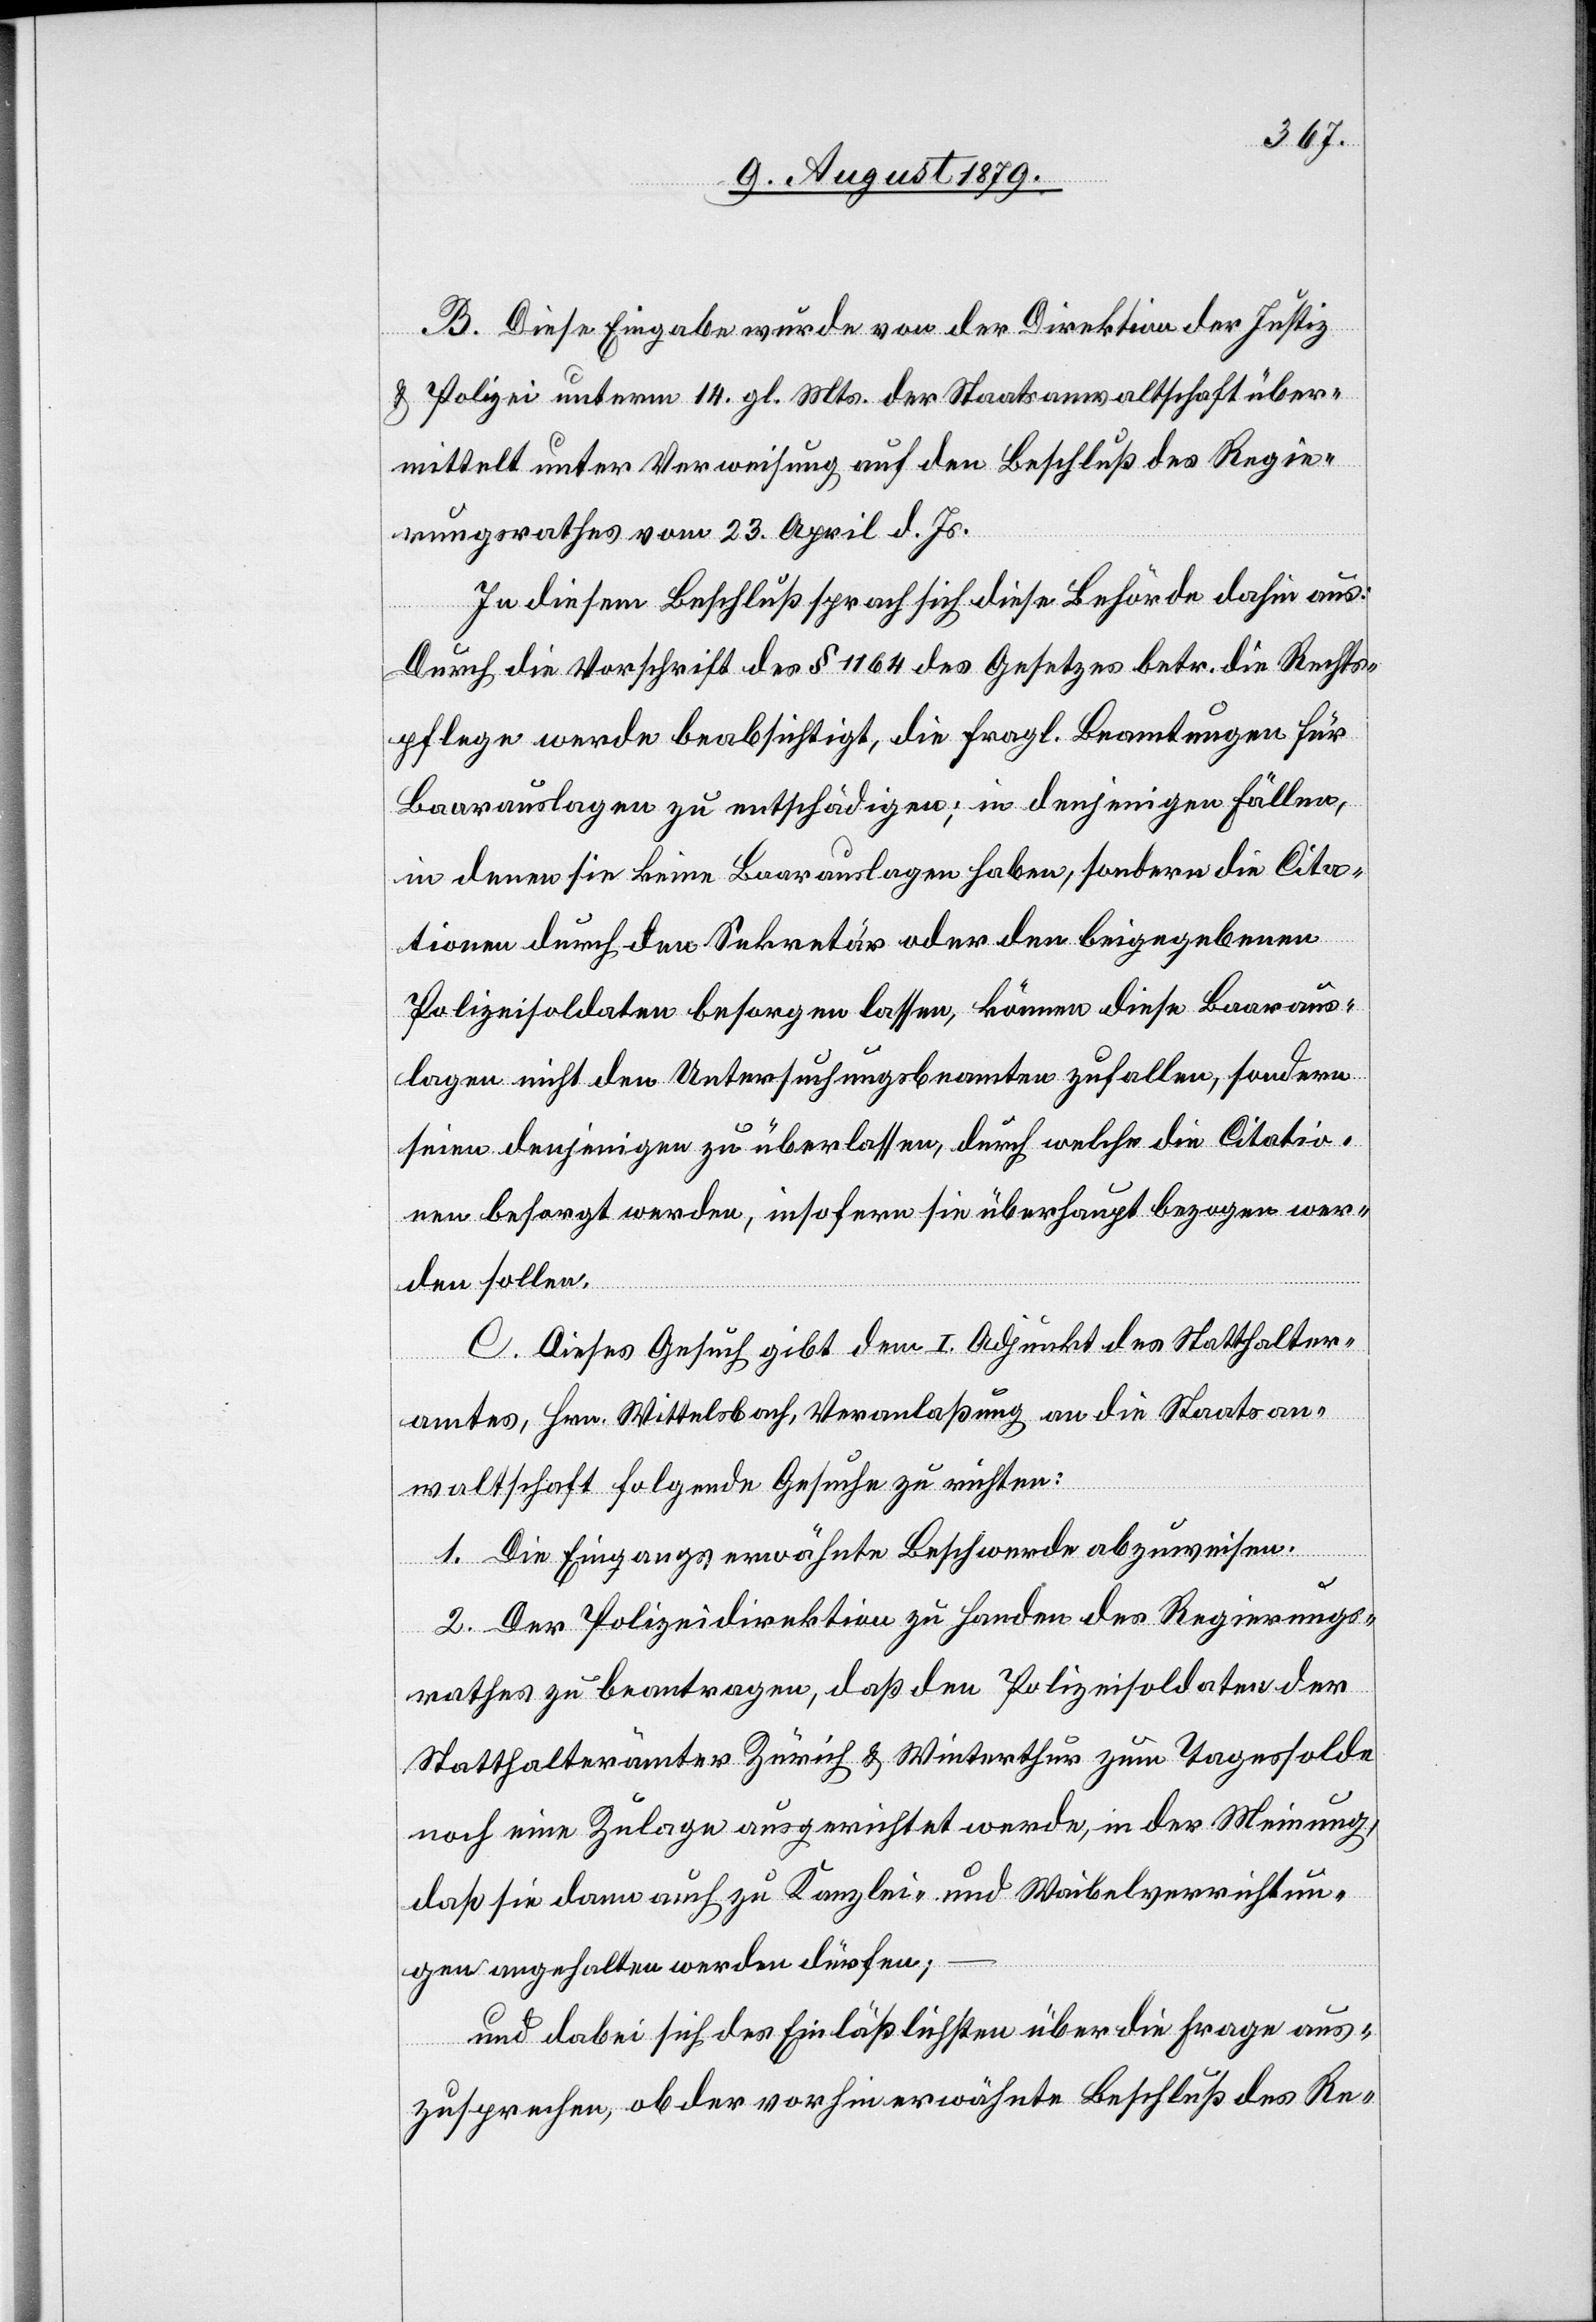
B. Diese Eingabe wurde von der Direktion der Justiz
& Polizei unterm 14. gl. Mts. der Staatsanwaltschaft über¬
mittelt unter Verweisung auf den Beschluß des Regie¬
rungsrathes vom 23. April d. Js.
In diesem Beschluß sprach sich diese Behörde dahin aus:
Durch die Vorschrift des § 1164 des Gesetzes betr. die Rechts¬
pflege werde beabsichtigt, die fragl. Beamtungen für
Baarauslagen zu entschädigen; in denjenigen Fällen,
in denen sie keine Baarauslagen haben, sondern die Cita¬
tionen durch den Sekretär oder den beigegebenen
Polizeisoldaten besorgen lassen, können diese Baaraus¬
lagen nicht den Untersuchungsbeamten zufallen, sondern
seien denjenigen zu überlassen, durch welche die Citatio¬
nen besorgt werden, insofern sie überhaupt bezogen wer¬
den sollen.
C. Dieses Gesuch gibt dem I. Adjunkt des Statthalter¬
amtes, Hrn. Wittelsbach, Veranlaßung an die Staatsan¬
waltschaft folgende Gesuche zu richten:
1. Die Eingangs erwähnte Beschwerde abzuweisen.
2. Der Polizeidirektion zu Handen des Regierungs¬
rathes zu beantragen, daß den Polizeisoldaten der
Statthalterämter Zürich & Winterthur zum Tagessolde
noch eine Zulage ausgerichtet werde, in der Meinung,
daß sie dann auch zu Kanzlei- und Waibelverrichtun¬
gen angehalten werden dürfen;
und dabei sich des Einlässlichsten über die Frage aus¬
zusprechen, ob der vorhin erwähnte Beschluß des Re-